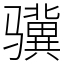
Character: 骥